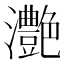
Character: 灔